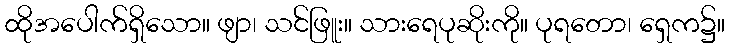
ထိုအပေါက်ရှိသော။ ဖျာ၊ သင်ဖြူး။ သားရေပုဆိုးကို။ ပုရတော၊ ရှေက၌။